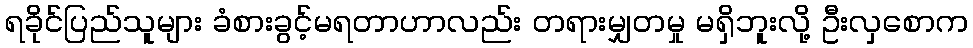
ရခိုင်ပြည်သူများ ခံစားခွင့်မရတာဟာလည်း တရားမျှတမှု မရှိဘူးလို့ ဦးလှစောက